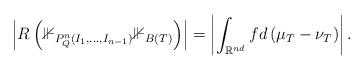
LaTeX: \begin{align*}\left|R\left(\mathbb{1}_{P_{Q}^{n}\left(I_{1},\dots,I_{n-1}\right)}\mathbb{1}_{B\left(T\right)}\right)\right|=\left|\int_{\mathbb{R}^{nd}}fd\left(\mu_{T}-\nu_{T}\right)\right|.\end{align*}